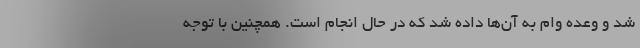
شد و وعده وام به آن‌ها داده شد که در حال انجام است. همچنین با توجه